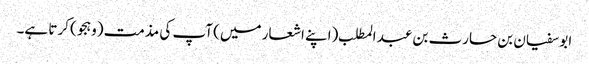
ابو سفیان بن حارث بن عبد المطلب (اپنے اشعار میں) آپ کی مذمت (وہجو) کرتا ہے۔